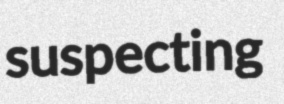
suspecting